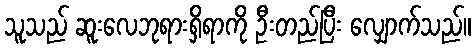
သူသည် ဆူးလေဘုရားရှိရာကို ဦးတည်ပြီး လျှောက်သည်။